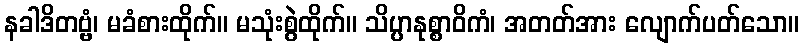
နခါဒိတဗ္ဗံ၊ မခံစားထိုက်။ မသုံးစွဲထိုက်။ သိပ္ပာနုစ္စာဝိကံ၊ အတတ်အား လျောက်ပတ်သော။